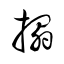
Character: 搨